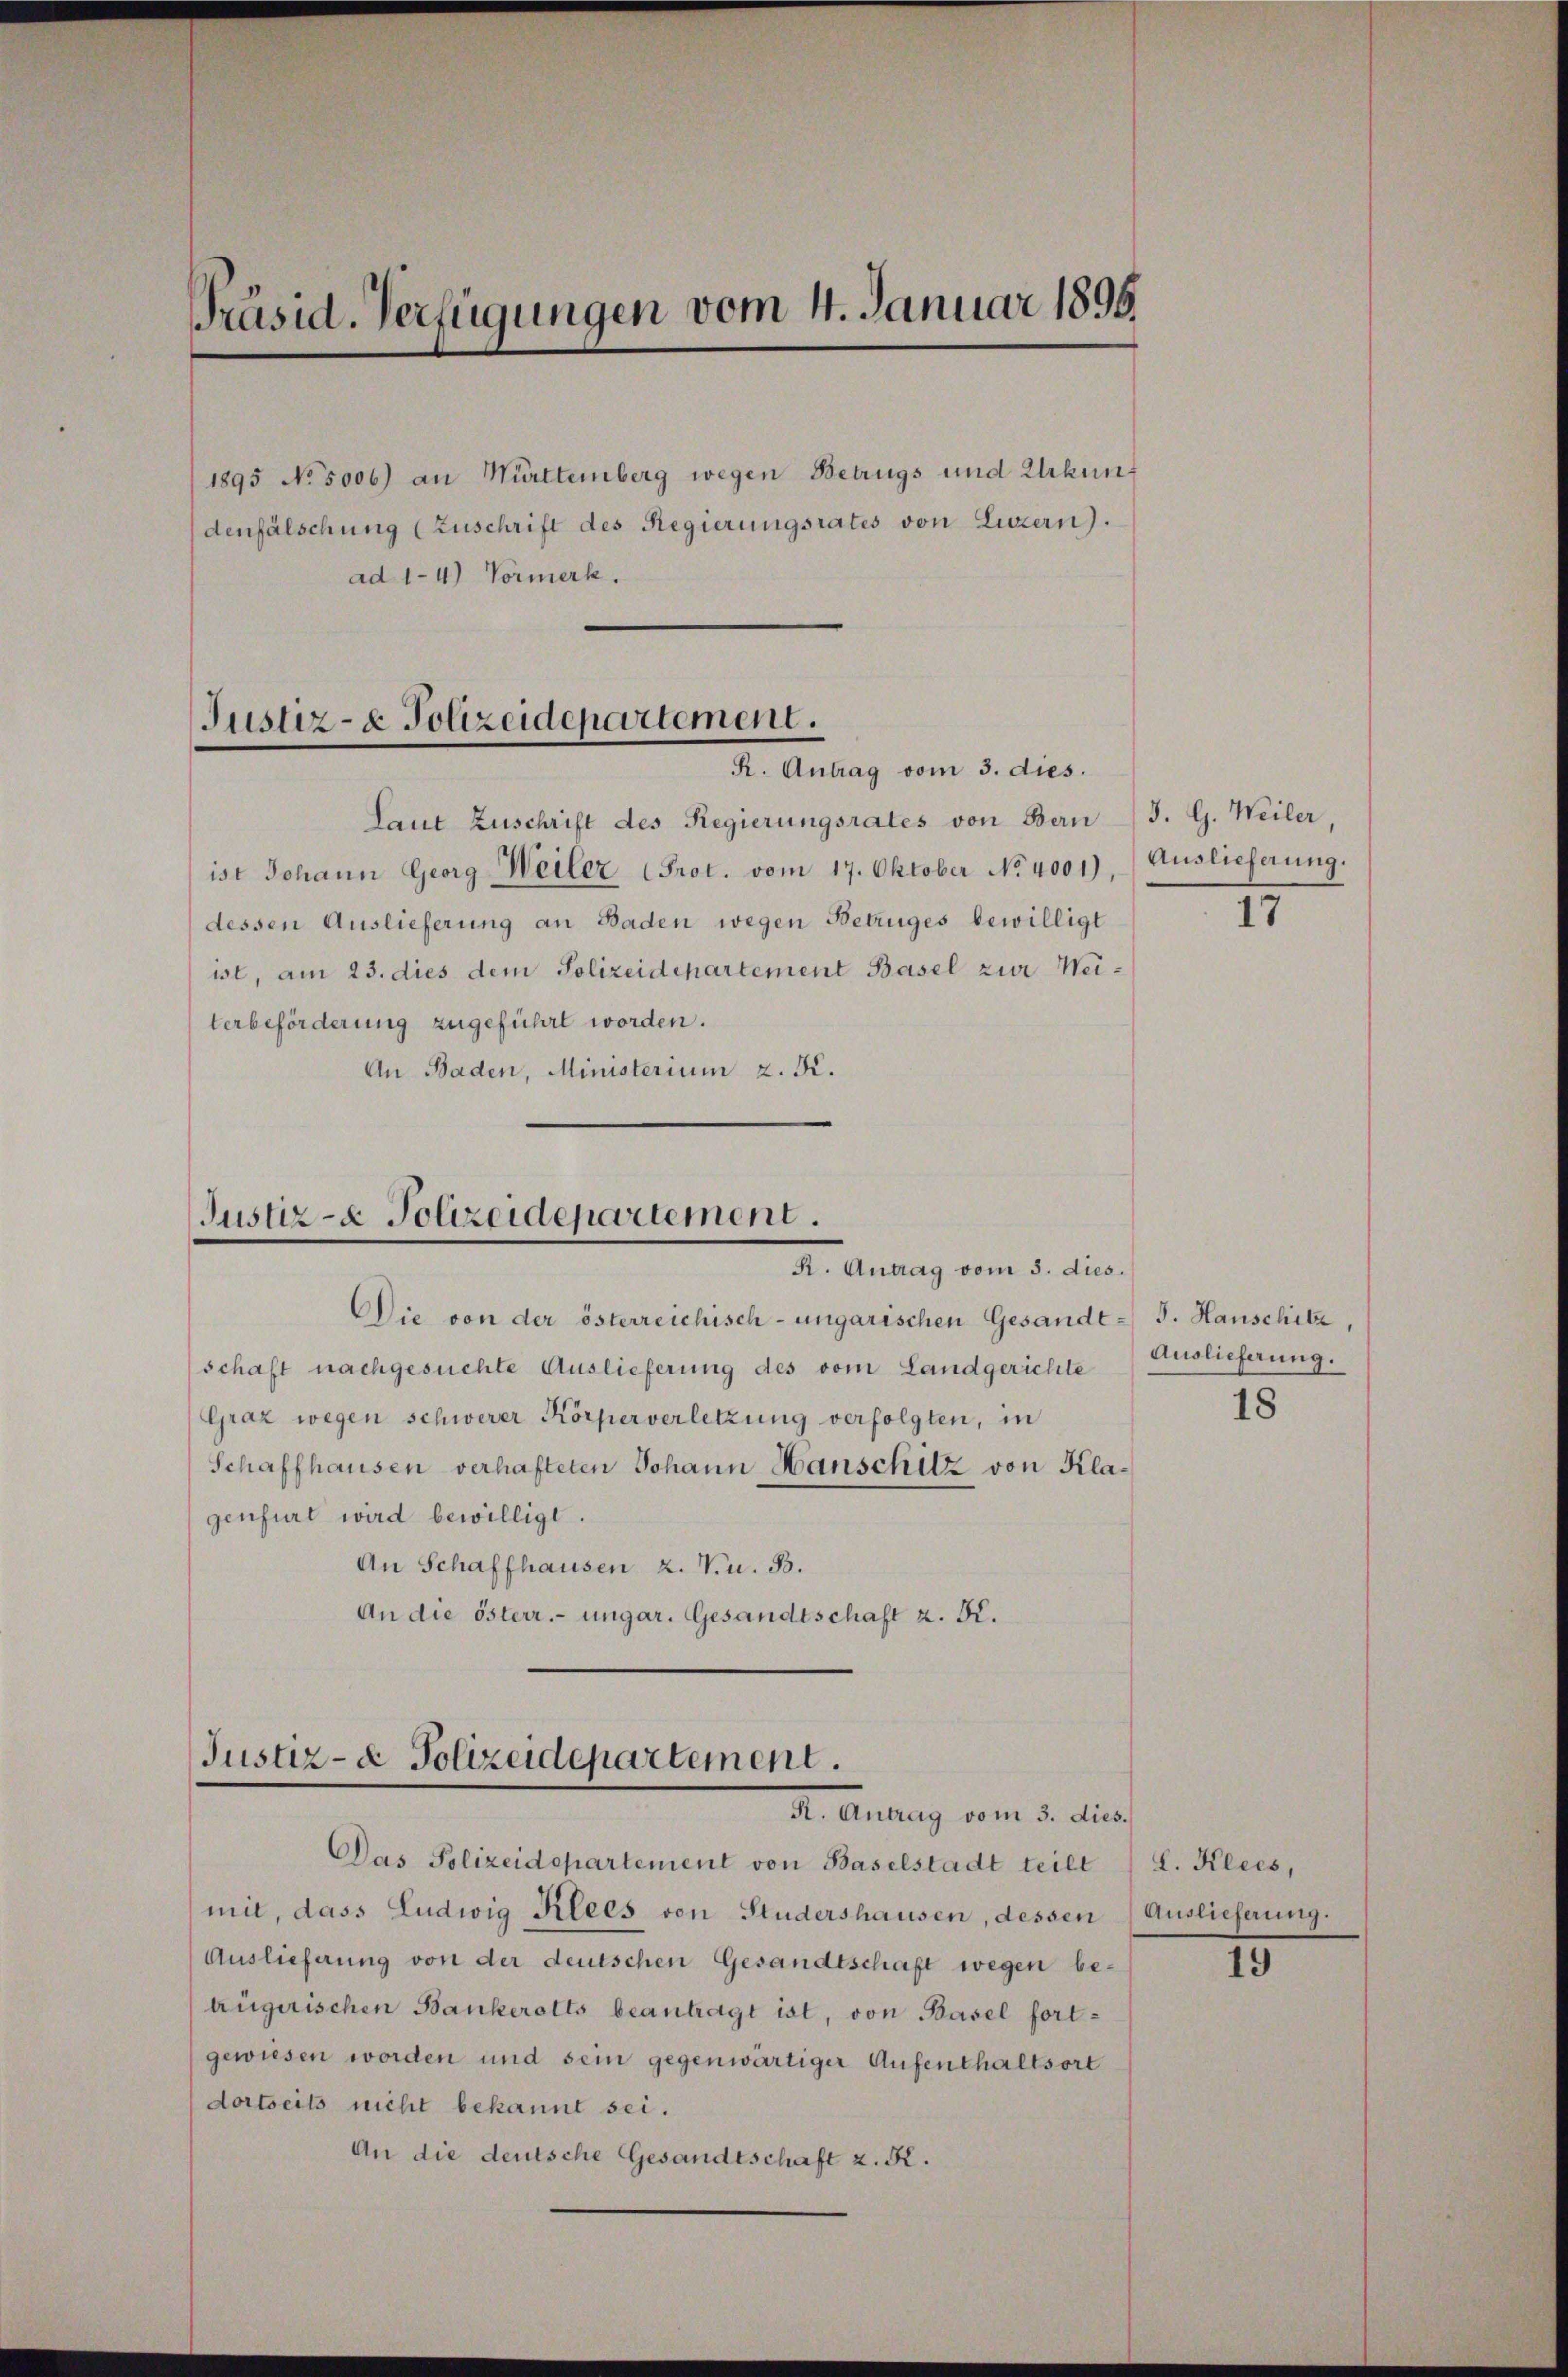
Präsid. Verfügungen vom 4. Januar 1896.

1895 No 5006) an Württemberg wegen Betrugs und Urkunf
denfälschung (Zuschrift des Regierungsrates von Luzern).
ad 1-4.) Vormerk.

Justiz- & Polizeidepartement.
R. Antrag vom 3. dies.

Justiz- & Polizeidepartement.
R. Antrag vom 5. dies.

Justiz- & Polizeidepartement.
Dr. Antrag vom 3. dieses

Das Polizeidepartement von Baselstadt teilt
mit, dass Ludwig Klees von Studershausen, dessen (Auslieferung.
Auslieferung von der deutschen Gesandtschaft wegen betrügerischen Bankerotts beantragt ist, von Basel fortgewiesen worden und sein gegenwärtiger Aufenthaltsort
dortseits nicht bekannt sei.
An die deutsche Gesandtschaft z. R.

Laut Zuschrift des Regierungsrates von Bern
ist Johann Georg Weiler Prot. vom 17. Oktober No 4001), Auslieferung.
dessen Auslieferung an Baden wegen Betruges bewilligt
ist, am 23. dies dem Polizeidepartement Basel zur Weiterbeförderung zugeführt worden.
An Baden, Ministerium z. K.

Die von der österreichisch-ungarischen Gesandte J. Hauschite,
schaft nachgesuchte Auslieferung des vom Landgerichte) Auslieferung.
Graz wegen schwerer Körperverletzung verfolgten, in
Schaffhausen verhafteten Johann Hanschitz von Klagenfurt wird bewilligt.
An Schaffhausen 2. V. u. B.
An die österr. ungar. Gesandtschaft z. K.

J. G. Weiler

17

18

L. Klees,

II